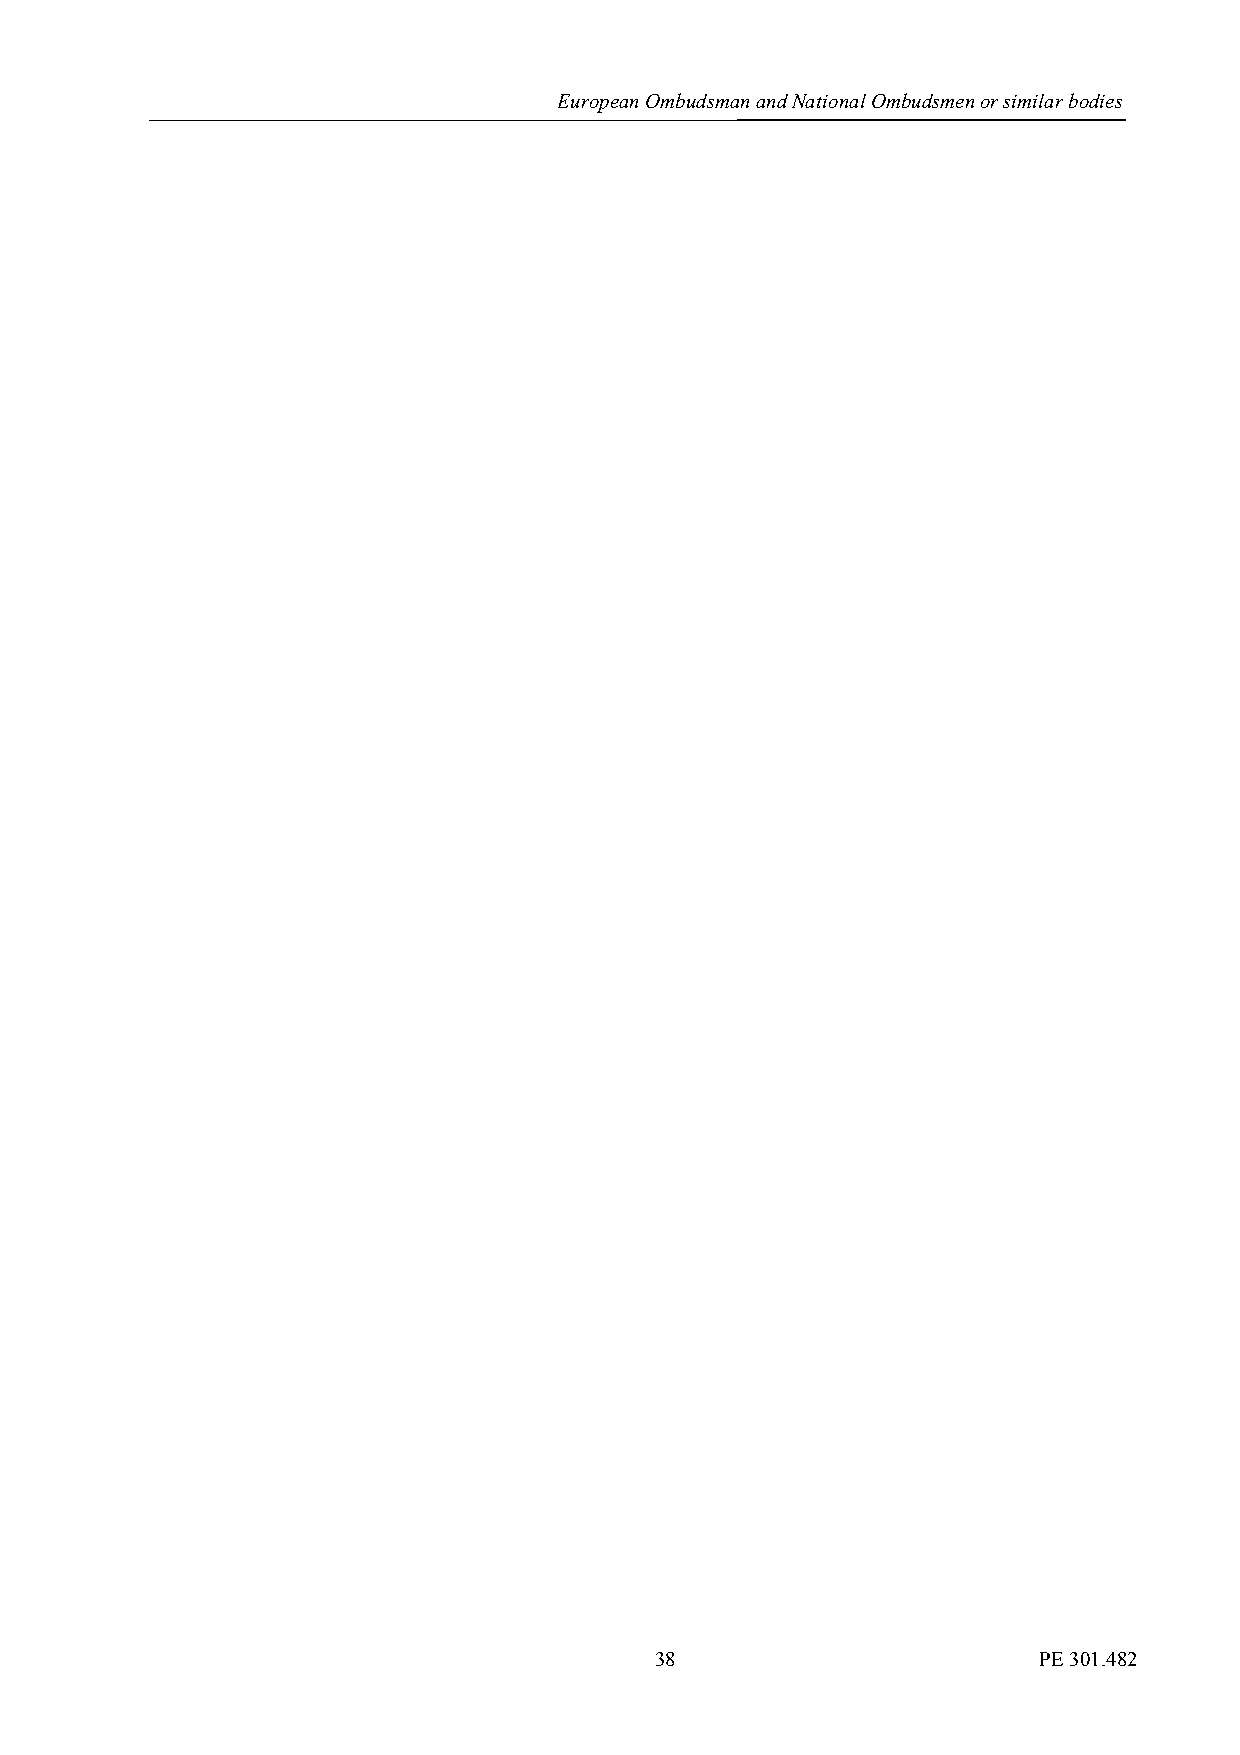
European Ombudsman and National Ombudsmen or similar bodies
 38                        PE 301.482